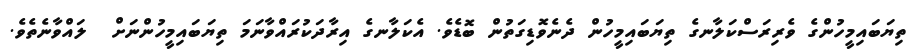
ތިޔަބައިމީހުންގެ ވެރިރަސްކަލާނގެ ތިޔަބައިމީހުން ދެނެވޮޑިގަތުން ބޮޑެވެ. އެކަލާނގެ އިރާދަކުރައްވާނަމަ ތިޔަބައިމީހުންނަށް  ލައްވާނެތެވެ.